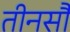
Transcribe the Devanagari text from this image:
तीनसौ